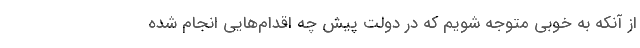
از آنکه به خوبی متوجه شویم که در دولت پیش چه اقدام‌هایی انجام شده